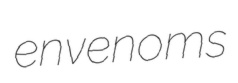
envenoms